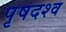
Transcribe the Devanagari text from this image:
पृषदश्व